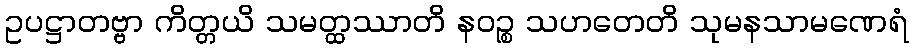
ဥပဋ္ဌာတဗ္ဗာ ကိတ္တယိ သမတ္ထဿာတိ နဝဉ္စ သဟတေတိ သုမနသာမဏေရံ